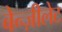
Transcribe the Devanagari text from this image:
बेन्ज़ीलेट